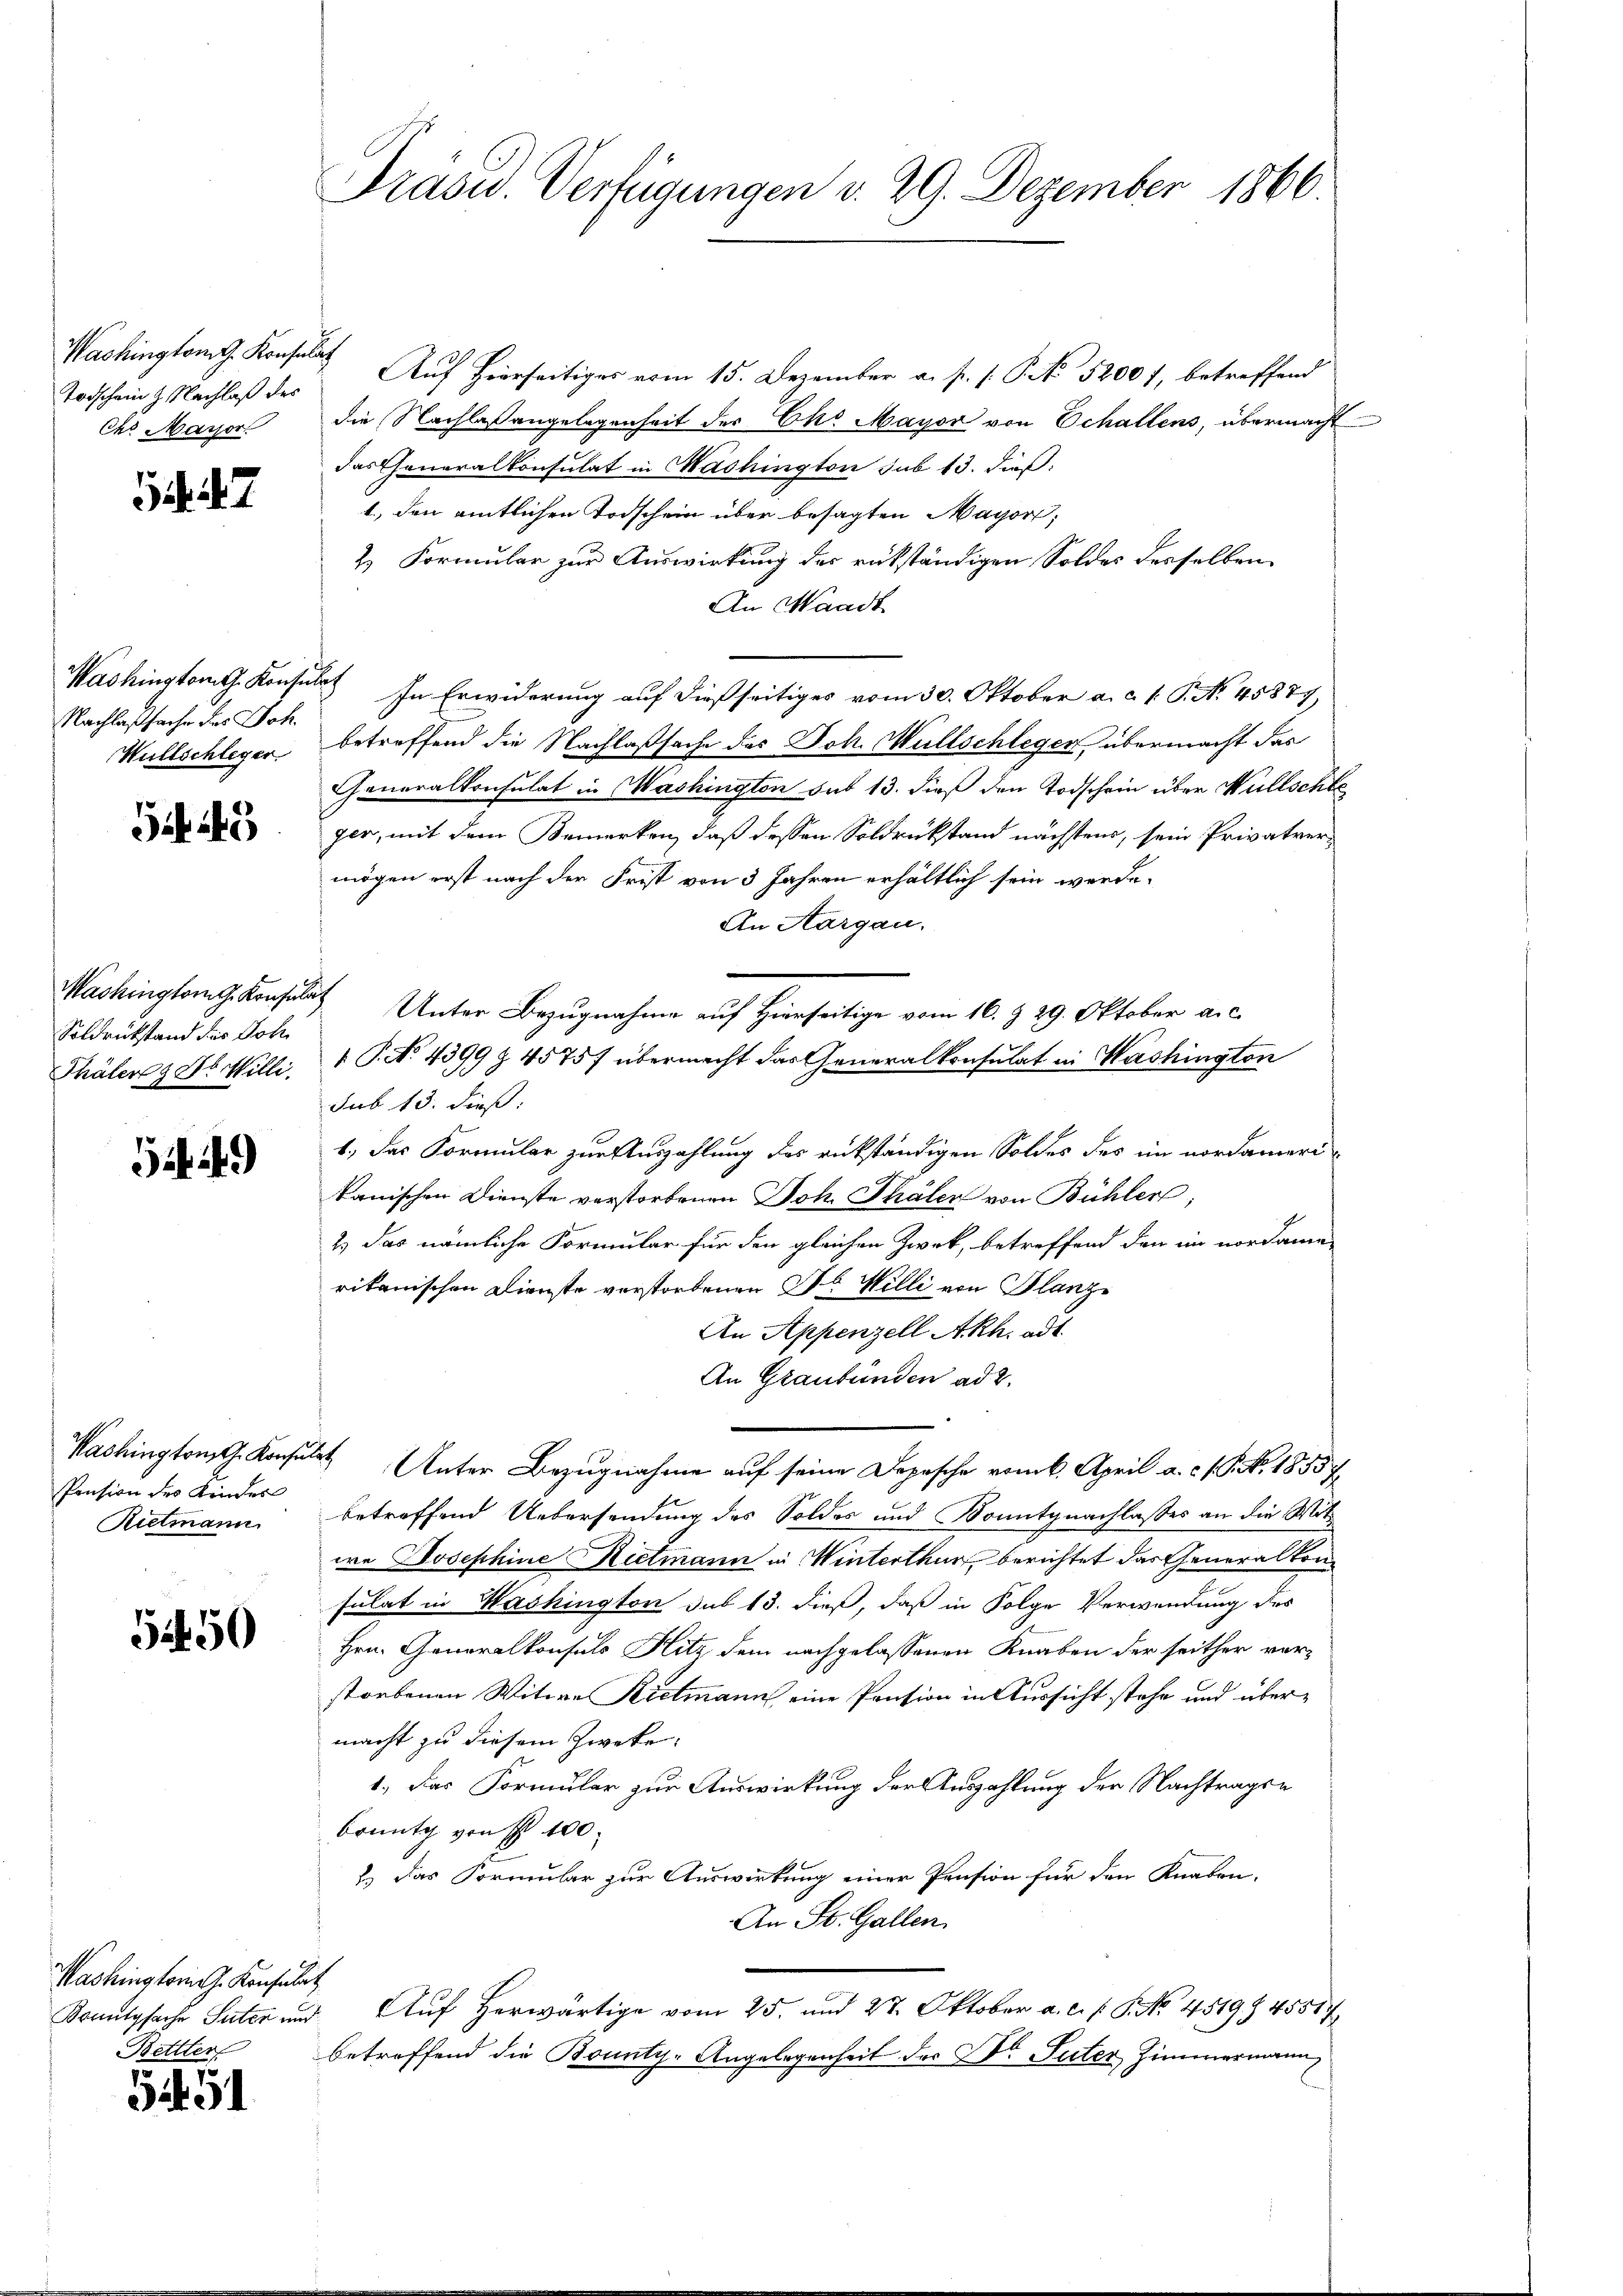
Washington G. Konsulat
Todschein J. Nachlaß des
Chr Masser

7

Nachlaßsache des Joh.

43

Washington G. Konsulat
Soldrückstand die Joh.

5449

Pension des Kinder
Rietmann

5450

Washingtori G. Konsulat
Bettler

51451

Prasid. Verfügungen v. 29. Dezember 1866.

Auf hierseitiges vom 15. Dezember a. p. 1. P. No 5200f, betreffend
die Nachlaßangelegenheit der Ch. Mayor von Echallens, übermacht
das Generalkonsulat in Washington sub 13. dieß:
1.) den amtlichen Todschein über besagten Mayon,
2.) Formular zur Auswirkung des rükständigen Soldes desselben
An Handt
Washingtont. Konsulat In Erwiderung auf dießseitiges vom 30. Oktober a. c. 1. P. N. 45877,
Wullschleger betreffend die Nachlaßsache des Joh. Müllschlegen, übermacht das
Generalkonsulat in Washington sub 13. dieß den Todschein über Wüllschle
ger, mit dem Bemerken, daß dessen Soldrückstand nächstens, sein Privatvermögen erst nach der Frist von 3 Jahren erhältlich sein werde.
An Aargau.
Unter Bezugnahme auf Hierseitige vom 10. § 29. Oktober a.c.
Thäler 9876. Milli, 1 P. No. 4399 z 45757 übermacht das Generalkonsulat in Washington
sub 13. dieß:
1., das Formular zur Auszahlung des rückständigen Soldes des im nordamerikanischen Dienste verstorbenen Joh. Thäler von Bühler,
2.) Das nämliche Formular für den gleichen Zwek, betreffend den im nordame
rikanischen Dienste verstorbenen Dr. Willi von Planz
An Appenzell Akh. ad
An Graubünden ad 2.
Washington G. Konsulst Unter Bezugnahme auf seine Depesche vom 6. April a. c. l. J. No. 1855 f
betreffend Uebersendung des Soldes und Konitgnachlasses an die Mitwe Josephine Hietmann in Winterthur berichtet das Generalkon
sulat in Washington sub 13. dieß, daß in Folge Verwendung des
Hrn. Generalkonsuls Hitz dem nachgelassenen Knaben der seither vorstorbenen Witwe Rietmann eine Pension in Aussicht stehe und übermacht zu diesem Zweke
1.) Das Formular zur Auswirkung der Auszahlung der Nachtragen
Brung von P. 100.
1.) Das Formular zur Auswirkung einer Pension für den Knaben.
An St. Gallen.
Konutgsache Suter und Auf herwärtige vom 25. und 27. Oktober a. c. s. S. No. 4519. 45587
betreffend die Bounty-Angelegenheit der Dr. Suter Zimmermann

b